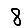
Digit: 8